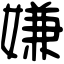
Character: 嫌